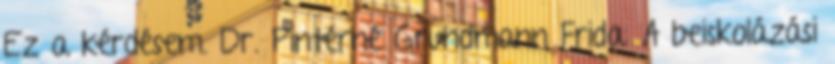
Ez a kérdésem. Dr. Pintérné Grundmann Frida: A beiskolázási